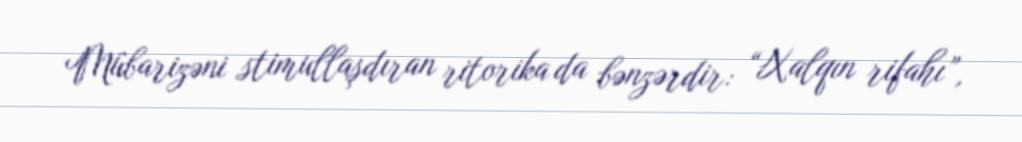
Mübarizəni stimullaşdıran ritorika da bənzərdir: “Xalqın rifahı”,